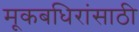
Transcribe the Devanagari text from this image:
मूकबधिरांसाठी